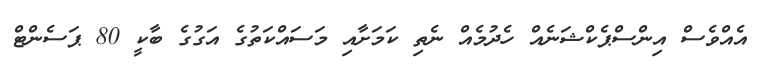
އެއްވެސް އިންސްޕެކްޝަނެއް ހެދުމެއް ނެތި ކަމަށާއި މަސައްކަތުގެ އަގުގެ ބާކީ 80 ޕަސެންޓް